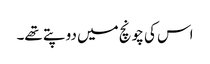
اس کی چونچ میں دو پتے تھے۔